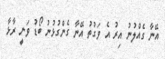
އޭނާ ގެއްލުނު އިރު އެ ވަގުތު އޭނާ ގެންގުޅުނު ބޯޑު ވަނީ ރާޅާ